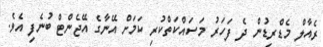
ރެއާލް މެޑްރިޑުން ދެ ފަހަރު މަސައްކަތްކުރި ކަމަށް އޭނާގެ އޭޖެންޓް ބުނެފި އެވެ.